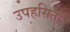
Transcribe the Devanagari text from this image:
उपहसिता